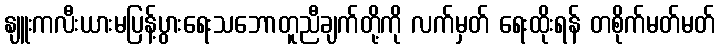
နျူးကလီးယားမပြန့်ပွားရေးသဘောတူညီချက်တို့ကို လက်မှတ် ရေးထိုးရန် တစိုက်မတ်မတ်